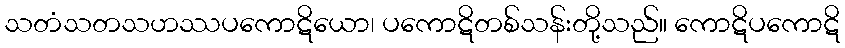
သတံသတသဟဿပကောဋိယော၊ ပကောဋိတစ်သန်းတို့သည်။ ကောဋိပကောဋိ